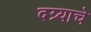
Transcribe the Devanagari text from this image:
दग्र्याचे